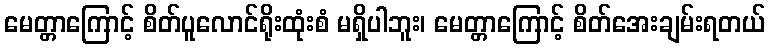
မေတ္တာကြောင့် စိတ်ပူလောင်ရိုးထုံးစံ မရှိပါဘူး၊ မေတ္တာကြောင့် စိတ်အေးချမ်းရတယ်